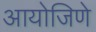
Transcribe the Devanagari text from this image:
आयोजिणे